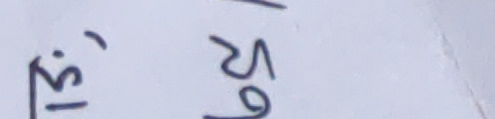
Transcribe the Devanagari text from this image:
३१,
चु५९